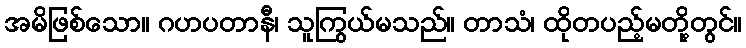
အမိဖြစ်သော။ ဂဟပတာနီ၊ သူကြွယ်မသည်။ တာသံ၊ ထိုတပည့်မတို့တွင်။